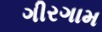
ગીરગામ